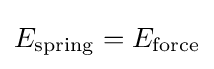
E_{\mathrm {spring} }=E_{\mathrm {force} }